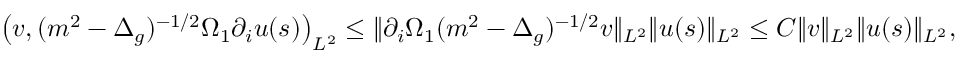
\begin{array} { r } { \left( v , ( m ^ { 2 } - { \Delta } _ { g } ) ^ { - 1 / 2 } \Omega _ { 1 } \partial _ { i } u ( s ) \right) _ { L ^ { 2 } } \leq \| \partial _ { i } \Omega _ { 1 } ( m ^ { 2 } - { \Delta } _ { g } ) ^ { - 1 / 2 } v \| _ { L ^ { 2 } } \| u ( s ) \| _ { L ^ { 2 } } \leq C \| v \| _ { L ^ { 2 } } \| u ( s ) \| _ { L ^ { 2 } } , } \end{array}